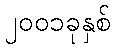
၂၀၀၁ခုနှစ်